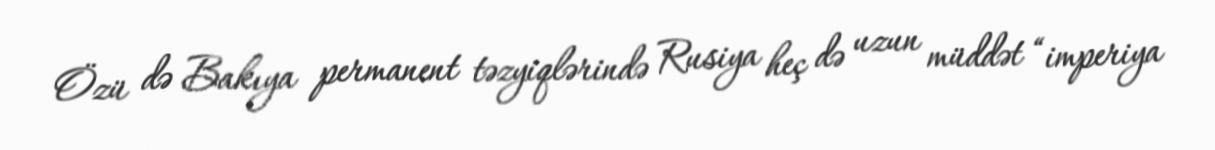
Özü də Bakıya permanent təzyiqlərində Rusiya heç də uzun müddət “imperiya